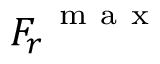
{ F _ { r } } ^ { \mathrm { ~ m ~ a ~ x ~ } }